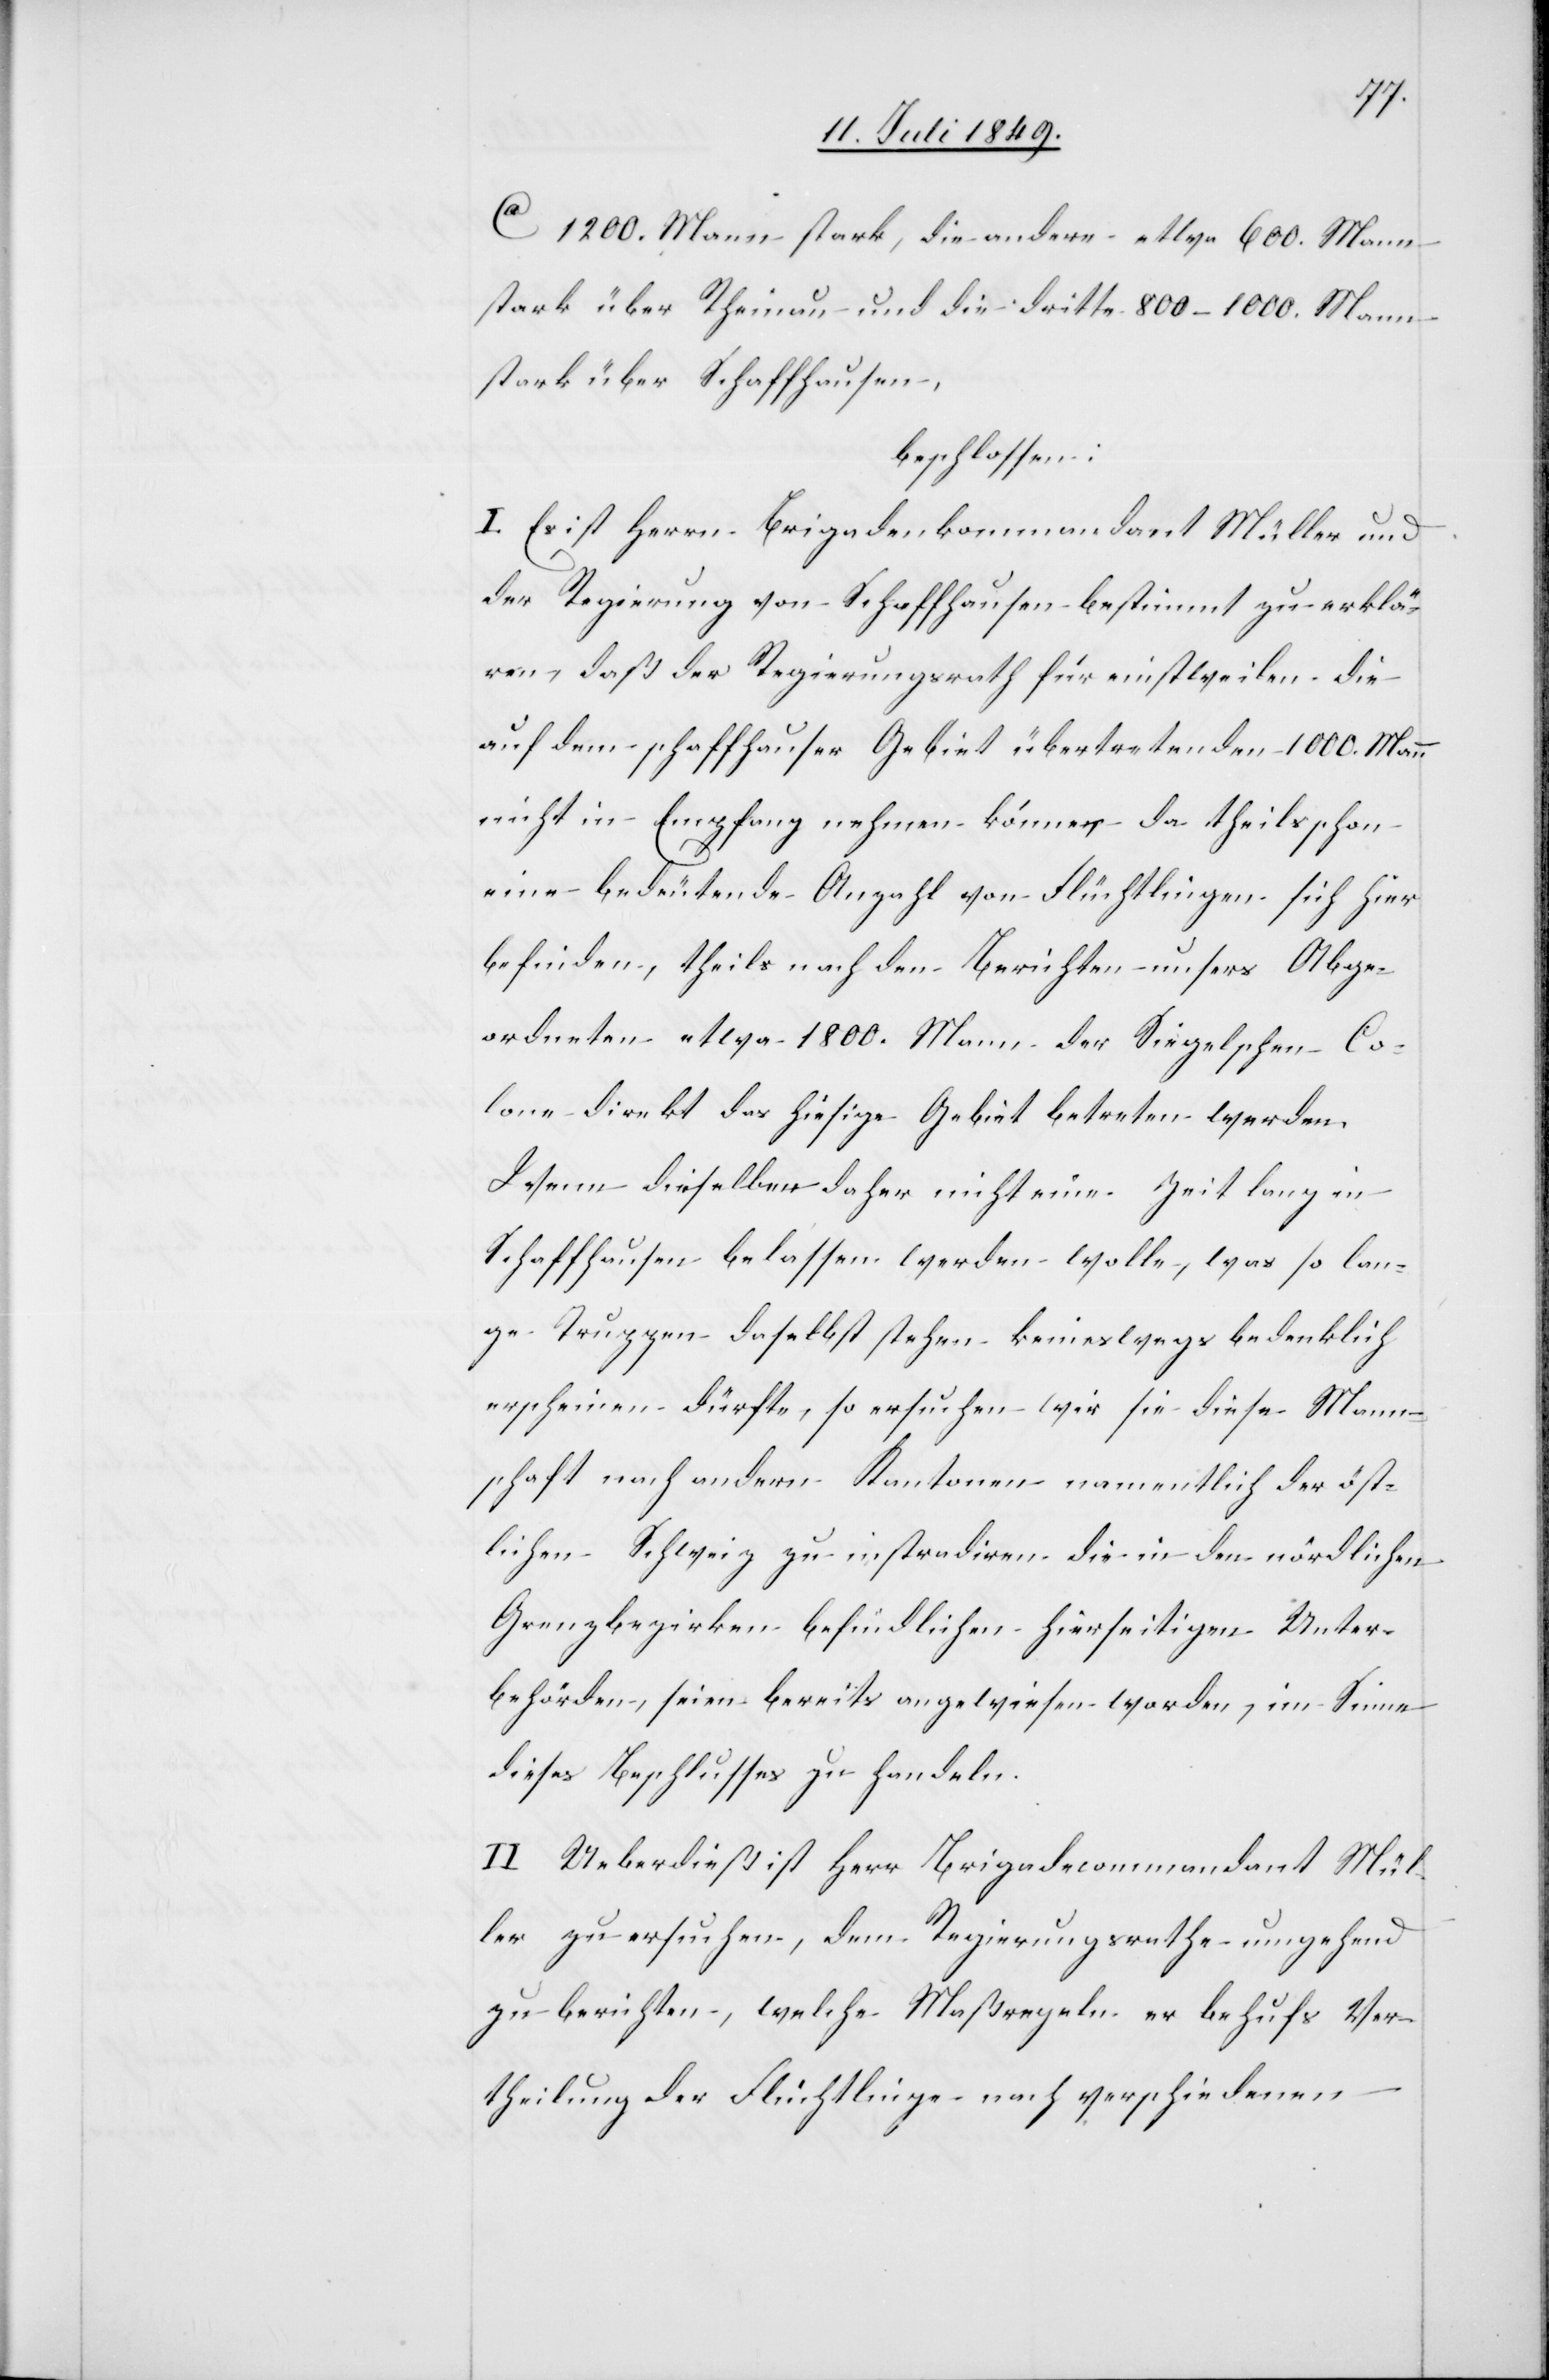
ca 1200. Mann stark, die andere etwa 600. Mann
stark über Rheinau und die dritte 800–1000. Mann
stark über Schaffhausen,
beschlossen:
I. Es ist Herrn Brigadekommandant Müller und
der Regierung von Schaffhausen bestimmt zu erklä¬
ren, daß der Regierungsrath für einstweilen die
auf dem schaffhauser Gebiet übertretenden 1000. Mann
nicht in Empfang nehmen könne, da theils schon
eine bedeutende Anzahl von Flüchtlingen sich hier
befinden, theils nach den Berichten unsers Abge¬
ordneten etwa 1800. Mann der Siegelschen Co¬
lone direkt das hiesige Gebiet betreten werden.
Wenn dieselben daher nicht eine Zeit lang in
Schaffhausen belassen werden wolle, was so lan¬
ge Truppen daselbst stehen keineswegs bedenklich
erscheinen dürfte, so ersuchen wir sie diese Mann¬
schaft nach andern Kantonen namentlich der öst¬
lichen Schweiz zu instradiren die in den nördlichen
Grenzbezirken befindlichen hierseitigen Unter¬
behörden, seien bereits angewiesen worden, im Sinne
dieses Beschlusses zu handeln.
II. Ueberdieß ist Herr Brigadecommandant Mül¬
ler zu ersuchen, dem Regierungsrathe umgehend
zu berichten, welche Maßregeln er behufs Ver¬
theilung der Flüchtlinge nach verschiedenen